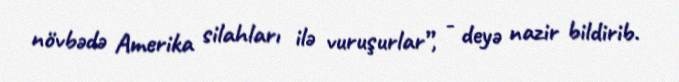
növbədə Amerika silahları ilə vuruşurlar”, - deyə nazir bildirib.